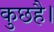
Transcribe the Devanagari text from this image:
कुछहै।